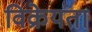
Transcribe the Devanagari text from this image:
विक्रेयता